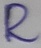
Text: R